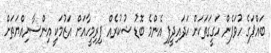
ބައްޕަގެ ހުވަފެން ހަގީގަތަކަށް ހަދައިދީފި އެންމެ ބޮޑު ޝުކުރެއް ފިރިމީހާއަށް އަޒުމަކީ އިންސާނިއްޔަތަށް